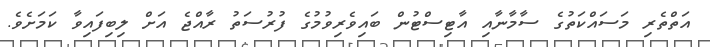
އަތްތެރި މަސައްކަތުގެ ސާމާނާއި އާޓިސްޓުން ބައިވެރިވުމުގެ ފުރުސަތު ރާއްޖެ އަށް ލިބިފައިވާ ކަމަށެވެ.